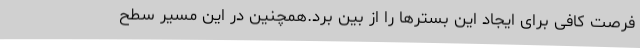
فرصت کافی برای ایجاد این بسترها را از بین برد.همچنین در این مسیر سطح